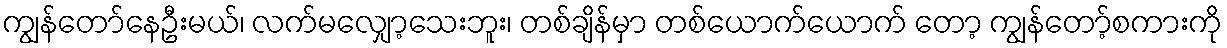
ကျွန်တော်နေဦးမယ်၊ လက်မလျှော့သေးဘူး၊ တစ်ချိန်မှာ တစ်ယောက်ယောက် တော့ ကျွန်တော့်စကားကို